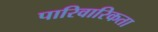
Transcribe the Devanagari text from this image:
पारिवारिकता